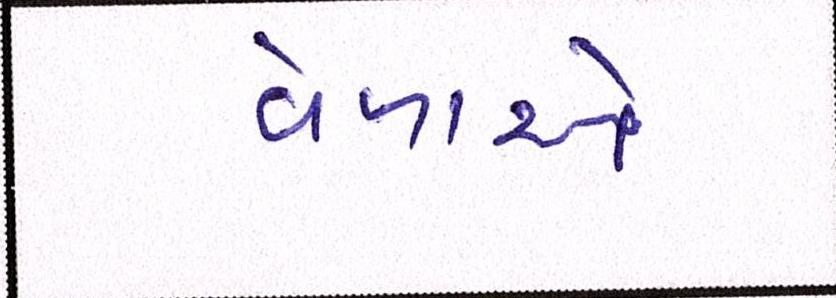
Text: વેળાએ